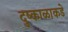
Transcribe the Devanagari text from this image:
दुष्काळाकडे